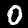
Digit: 0